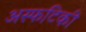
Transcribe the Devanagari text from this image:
अस्फटिकी